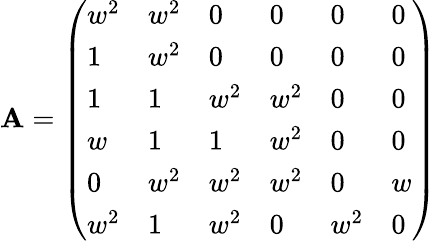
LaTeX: {\mathbf{A}}={\left(\begin{array}{llllll}{w^{2}}&{w^{2}}&{0}&{0}&{0}&{0}\\ {1}&{w^{2}}&{0}&{0}&{0}&{0}\\ {1}&{1}&{w^{2}}&{w^{2}}&{0}&{0}\\ {w}&{1}&{1}&{w^{2}}&{0}&{0}\\ {0}&{w^{2}}&{w^{2}}&{w^{2}}&{0}&{w}\\ {w^{2}}&{1}&{w^{2}}&{0}&{w^{2}}&{0}\end{array}\right)}